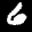
Label: 6